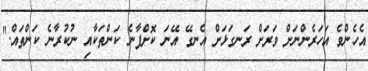
އެހެންވެ އަހަރެންނަށް ވަރަށް ރަނގަޅަށް އެނގޭ އޭނަ ކޮށްފާނެ ކަންތަކާއި ނުކުރާނެ ކަންތައް."